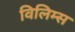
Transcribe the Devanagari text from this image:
विलिम्स